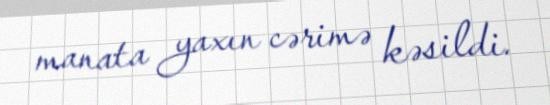
manata yaxın cərimə kəsildi.